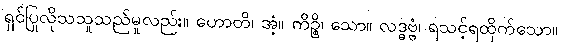
ရှင်ပြုလိုသသူသည်မူလည်း။ ဟောတိ၊ အံ့။ ကိဉ္စိ၊ သော။ လဒ္ဓဗ္ဗံ၊ ရသင့်ရထိုက်သော။